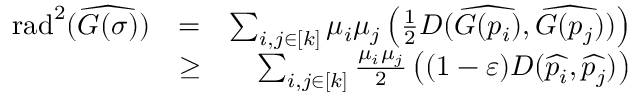
\begin{array} { r l r } { \mathrm { { r a d } } ^ { 2 } ( \widehat { G ( \sigma ) } ) } & { = } & { \sum _ { i , j \in [ k ] } \mu _ { i } \mu _ { j } \ensuremath { \left( \frac { 1 } { 2 } D ( \widehat { G ( p _ { i } ) } , \widehat { G ( p _ { j } ) } ) \right) } } \\ & { \geq } & { \sum _ { i , j \in [ k ] } \frac { \mu _ { i } \mu _ { j } } { 2 } \ensuremath { \left( ( 1 - { \varepsilon } ) D ( \widehat { p _ { i } } , \widehat { p _ { j } } ) \right) } } \end{array}